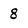
Character: 8